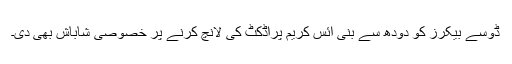
ڈوسے بیکرز کو دودھ سے بنی آئس کریم پراڈکٹ کی لانچ کرنے پر خصوصی شاباش بھی دی۔